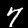
Label: 7